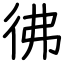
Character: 彿